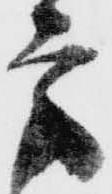
方